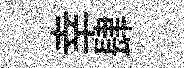
幸肆